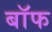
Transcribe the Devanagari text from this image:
बाॅफ